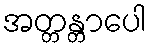
အတ္တန္တာပေါ